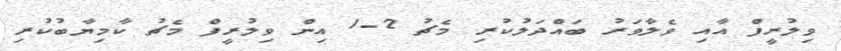
ވިލުރީފް އާއި ވެލާވަރު ބައްދަލުކުރި މެޗު 2-1 އިން ވިލުރީފް މެޗު ކާމިޔާބުކުރި